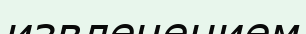
извлечением